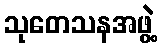
သုတေသနအဖွဲ့